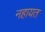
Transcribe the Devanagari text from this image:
नहायत